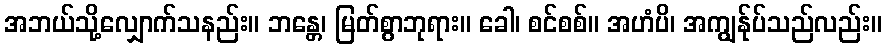
အဘယ်သို့လျှောက်သနည်း။ ဘန္တေ၊ မြတ်စွာဘုရား။ ခေါ၊ စင်စစ်။ အဟံပိ၊ အကျွန်ုပ်သည်လည်း။